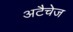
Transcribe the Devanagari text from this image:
अटैचेज